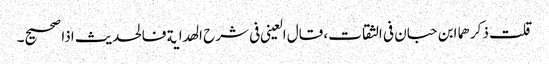
قلت ذکرھما ابن حبان فی الثقات، قال العینی فی شرح الھدایة فالحدیث اذا صحیح۔